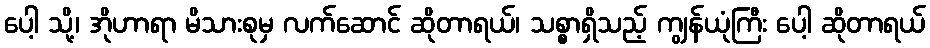
ပေါ့ သို့၊ အိုဟာရာ မိသားစုမှ လက်ဆောင် ဆိုတာရယ်၊ သစ္စာရှိသည့် ကျွန်ယုံကြီး ပေါ့ ဆိုတာရယ်